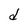
Character: d